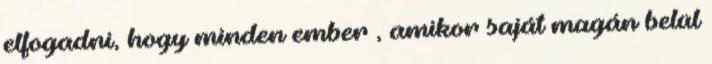
elfogadni, hogy minden ember , amikor saját magán belül